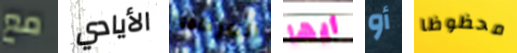
مع الأيادي المركبه أيها أو محظوظا